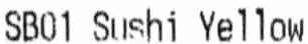
SB01 SUSHI YELLOW